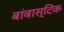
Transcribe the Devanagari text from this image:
बांबास्टिक